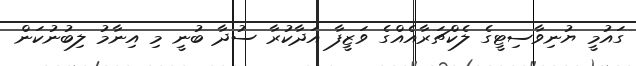
ގައުމީ ޔުނިވާސިޓީގެ ލެކްޗަރާއެއްގެ ވަޒީފާ އަދާކުރާ ސުދާ ބުނީ މި އިނާމު ލިބުނުކަން